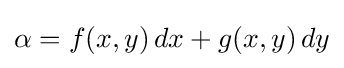
\alpha =f(x,y)\,dx+g(x,y)\,dy